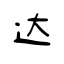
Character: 达